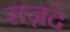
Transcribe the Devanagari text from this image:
सज़दे